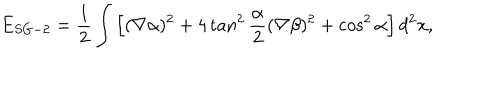
LaTeX: E _ { S G - 2 } = \frac 1 2 \int \left[ ( \nabla \alpha ) ^ { 2 } + 4 \tan ^ { 2 } \frac { \alpha } { 2 } ( \nabla \beta ) ^ { 2 } + \cos ^ { 2 } \alpha \right] d ^ { 2 } x ,